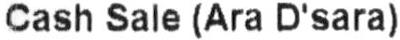
CASH SALE (ARA D'SARA)